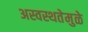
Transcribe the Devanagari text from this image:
अस्वस्थतेमुळे